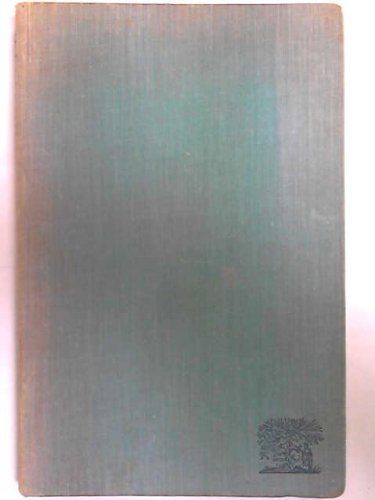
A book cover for Skeleton coast,; John H Marsh; Travel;